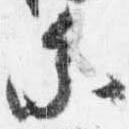
参